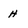
Character: H